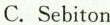
C. Sebiton